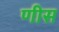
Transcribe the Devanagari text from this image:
णीस